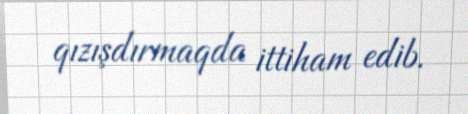
qızışdırmaqda ittiham edib.